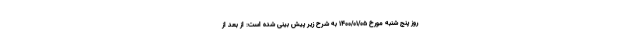
روز پنج شنبه مورخ ۱۴۰۰/۰۱/۰۵ به شرح زیر پیش بینی شده است: از بعد از